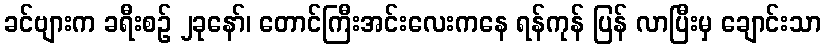
ခင်ဗျားက ခရီးစဉ် ၂ခုနော်၊ တောင်ကြီးအင်းလေးကနေ ရန်ကုန် ပြန် လာပြီးမှ ချောင်းသာ